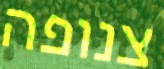
צנופה